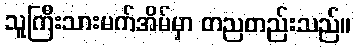
သူကြီးသားမက်အိမ်မှာ တညတည်းသည်။